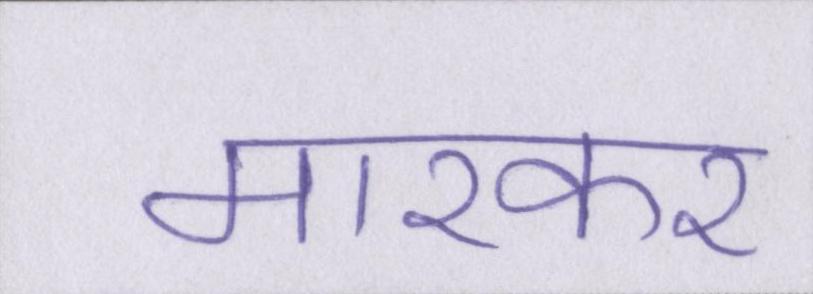
मारकर